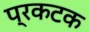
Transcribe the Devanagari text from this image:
प्रकटक